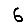
Digit: 6